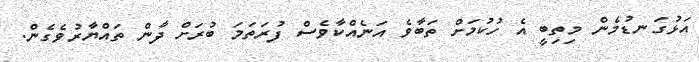
އަޅުގަނޑުމެން މިތިބީ އެ ހުކުމަށް ތަބާވެ އަނެއްކާވެސް ފުރަތަމަ ބުރަށް ދާން ތައްޔާރުވެގެން.